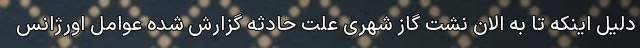
دلیل اینکه تا به الان نشت گاز شهری علت حادثه گزارش شده عوامل اورژانس